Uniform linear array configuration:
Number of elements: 12
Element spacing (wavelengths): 0.75
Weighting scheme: kaiser
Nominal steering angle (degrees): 60
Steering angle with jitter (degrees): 58.944
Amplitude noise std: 0.05
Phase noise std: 0.05

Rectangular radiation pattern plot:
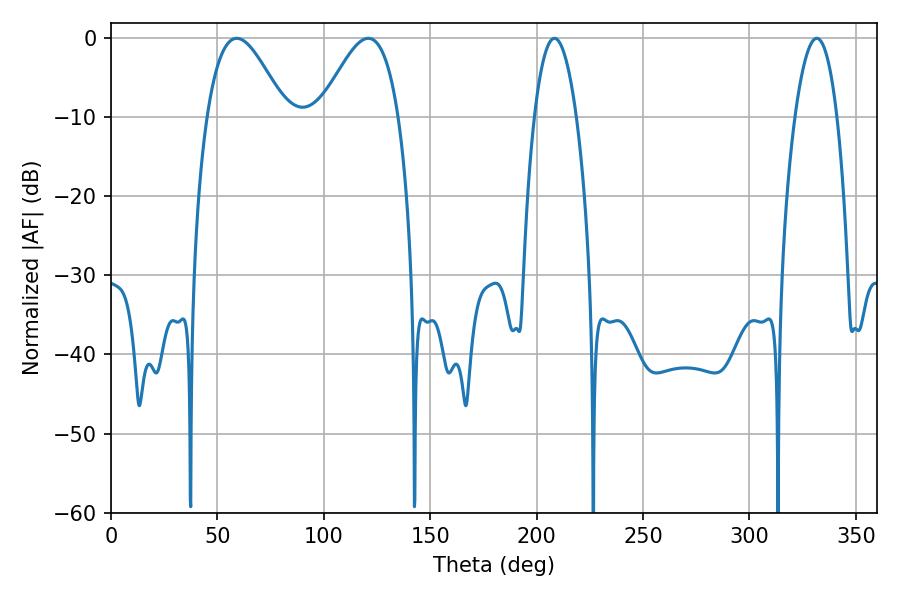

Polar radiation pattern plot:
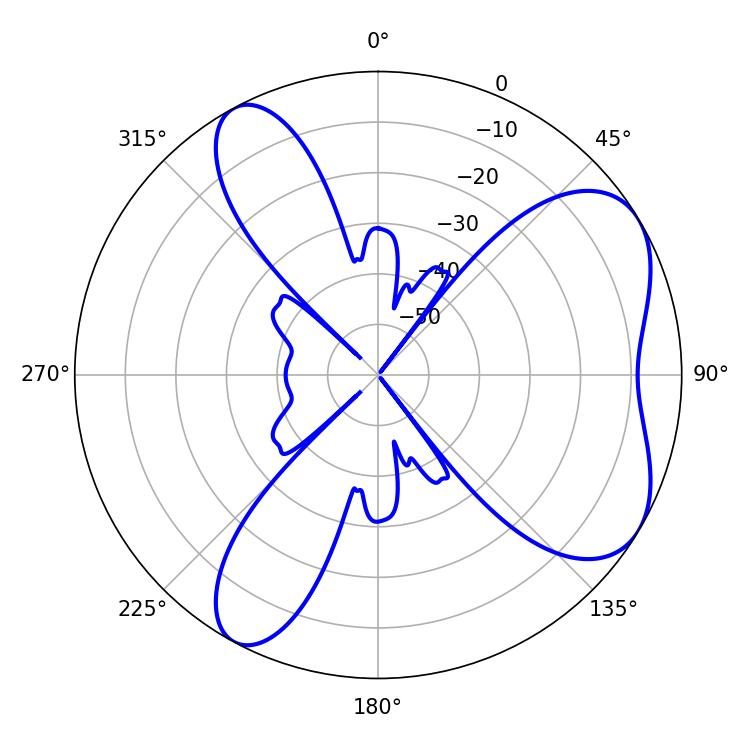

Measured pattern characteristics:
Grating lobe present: TRUE
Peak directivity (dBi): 6.079
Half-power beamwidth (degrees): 19.8
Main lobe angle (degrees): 59.04